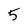
Character: 5